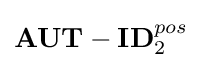
\mathbf {AUT-ID} _{2}^{pos}